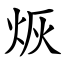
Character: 烣